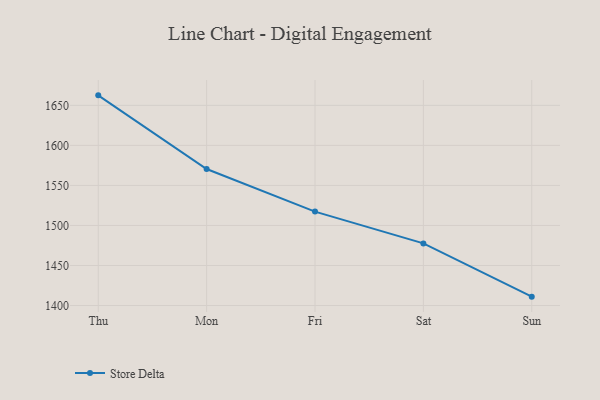
{"axis": {"x": "Day", "y": "Shipments"}, "legend": ["Store Delta"], "data": [{"x": "Thu", "y": 1662.5, "type": "Store Delta"}, {"x": "Mon", "y": 1570.5, "type": "Store Delta"}, {"x": "Fri", "y": 1517.3, "type": "Store Delta"}, {"x": "Sat", "y": 1477.6, "type": "Store Delta"}, {"x": "Sun", "y": 1411.1, "type": "Store Delta"}]}